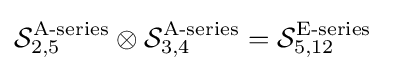
{\mathcal {S}}_{2,5}^{\text{A-series}}\otimes {\mathcal {S}}_{3,4}^{\text{A-series}}={\mathcal {S}}_{5,12}^{\text{E-series}}\